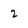
Character: 2